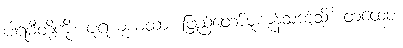
ပါရမီတို့ကို။ ပူရယုံယထာ၊ ဖြည့်တော်မူကုန်သကဲ့သို့။ တထေဝ၊